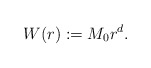
\begin{align*}W(r):=M_{0} r^{d}.\end{align*}